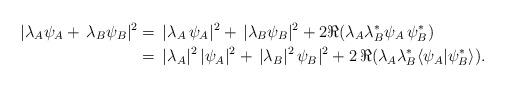
LaTeX: \begin{align*}|\lambda_A\psi_A +\,\lambda_B\psi_B|^2 & =\,|\lambda_A\,\psi_A|^2+\,|\lambda_B\psi_B|^2 +2 \Re (\lambda_A\lambda^*_B\psi_A\,\psi^*_B)\\& =\,|\lambda_A|^2\,|\psi_A|^2+\,|\lambda_B|^2\,\psi_B|^2 +2 \, \Re (\lambda_A\lambda^*_B\langle\psi_A|\psi^*_B\rangle).\end{align*}